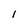
Character: I